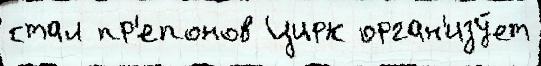
стал пр'епонов Цирк орган'изу́ет